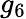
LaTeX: g_{6}